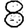
Digit: 8